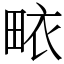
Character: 畩